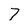
Character: 7